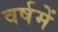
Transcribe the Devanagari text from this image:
वर्षमें